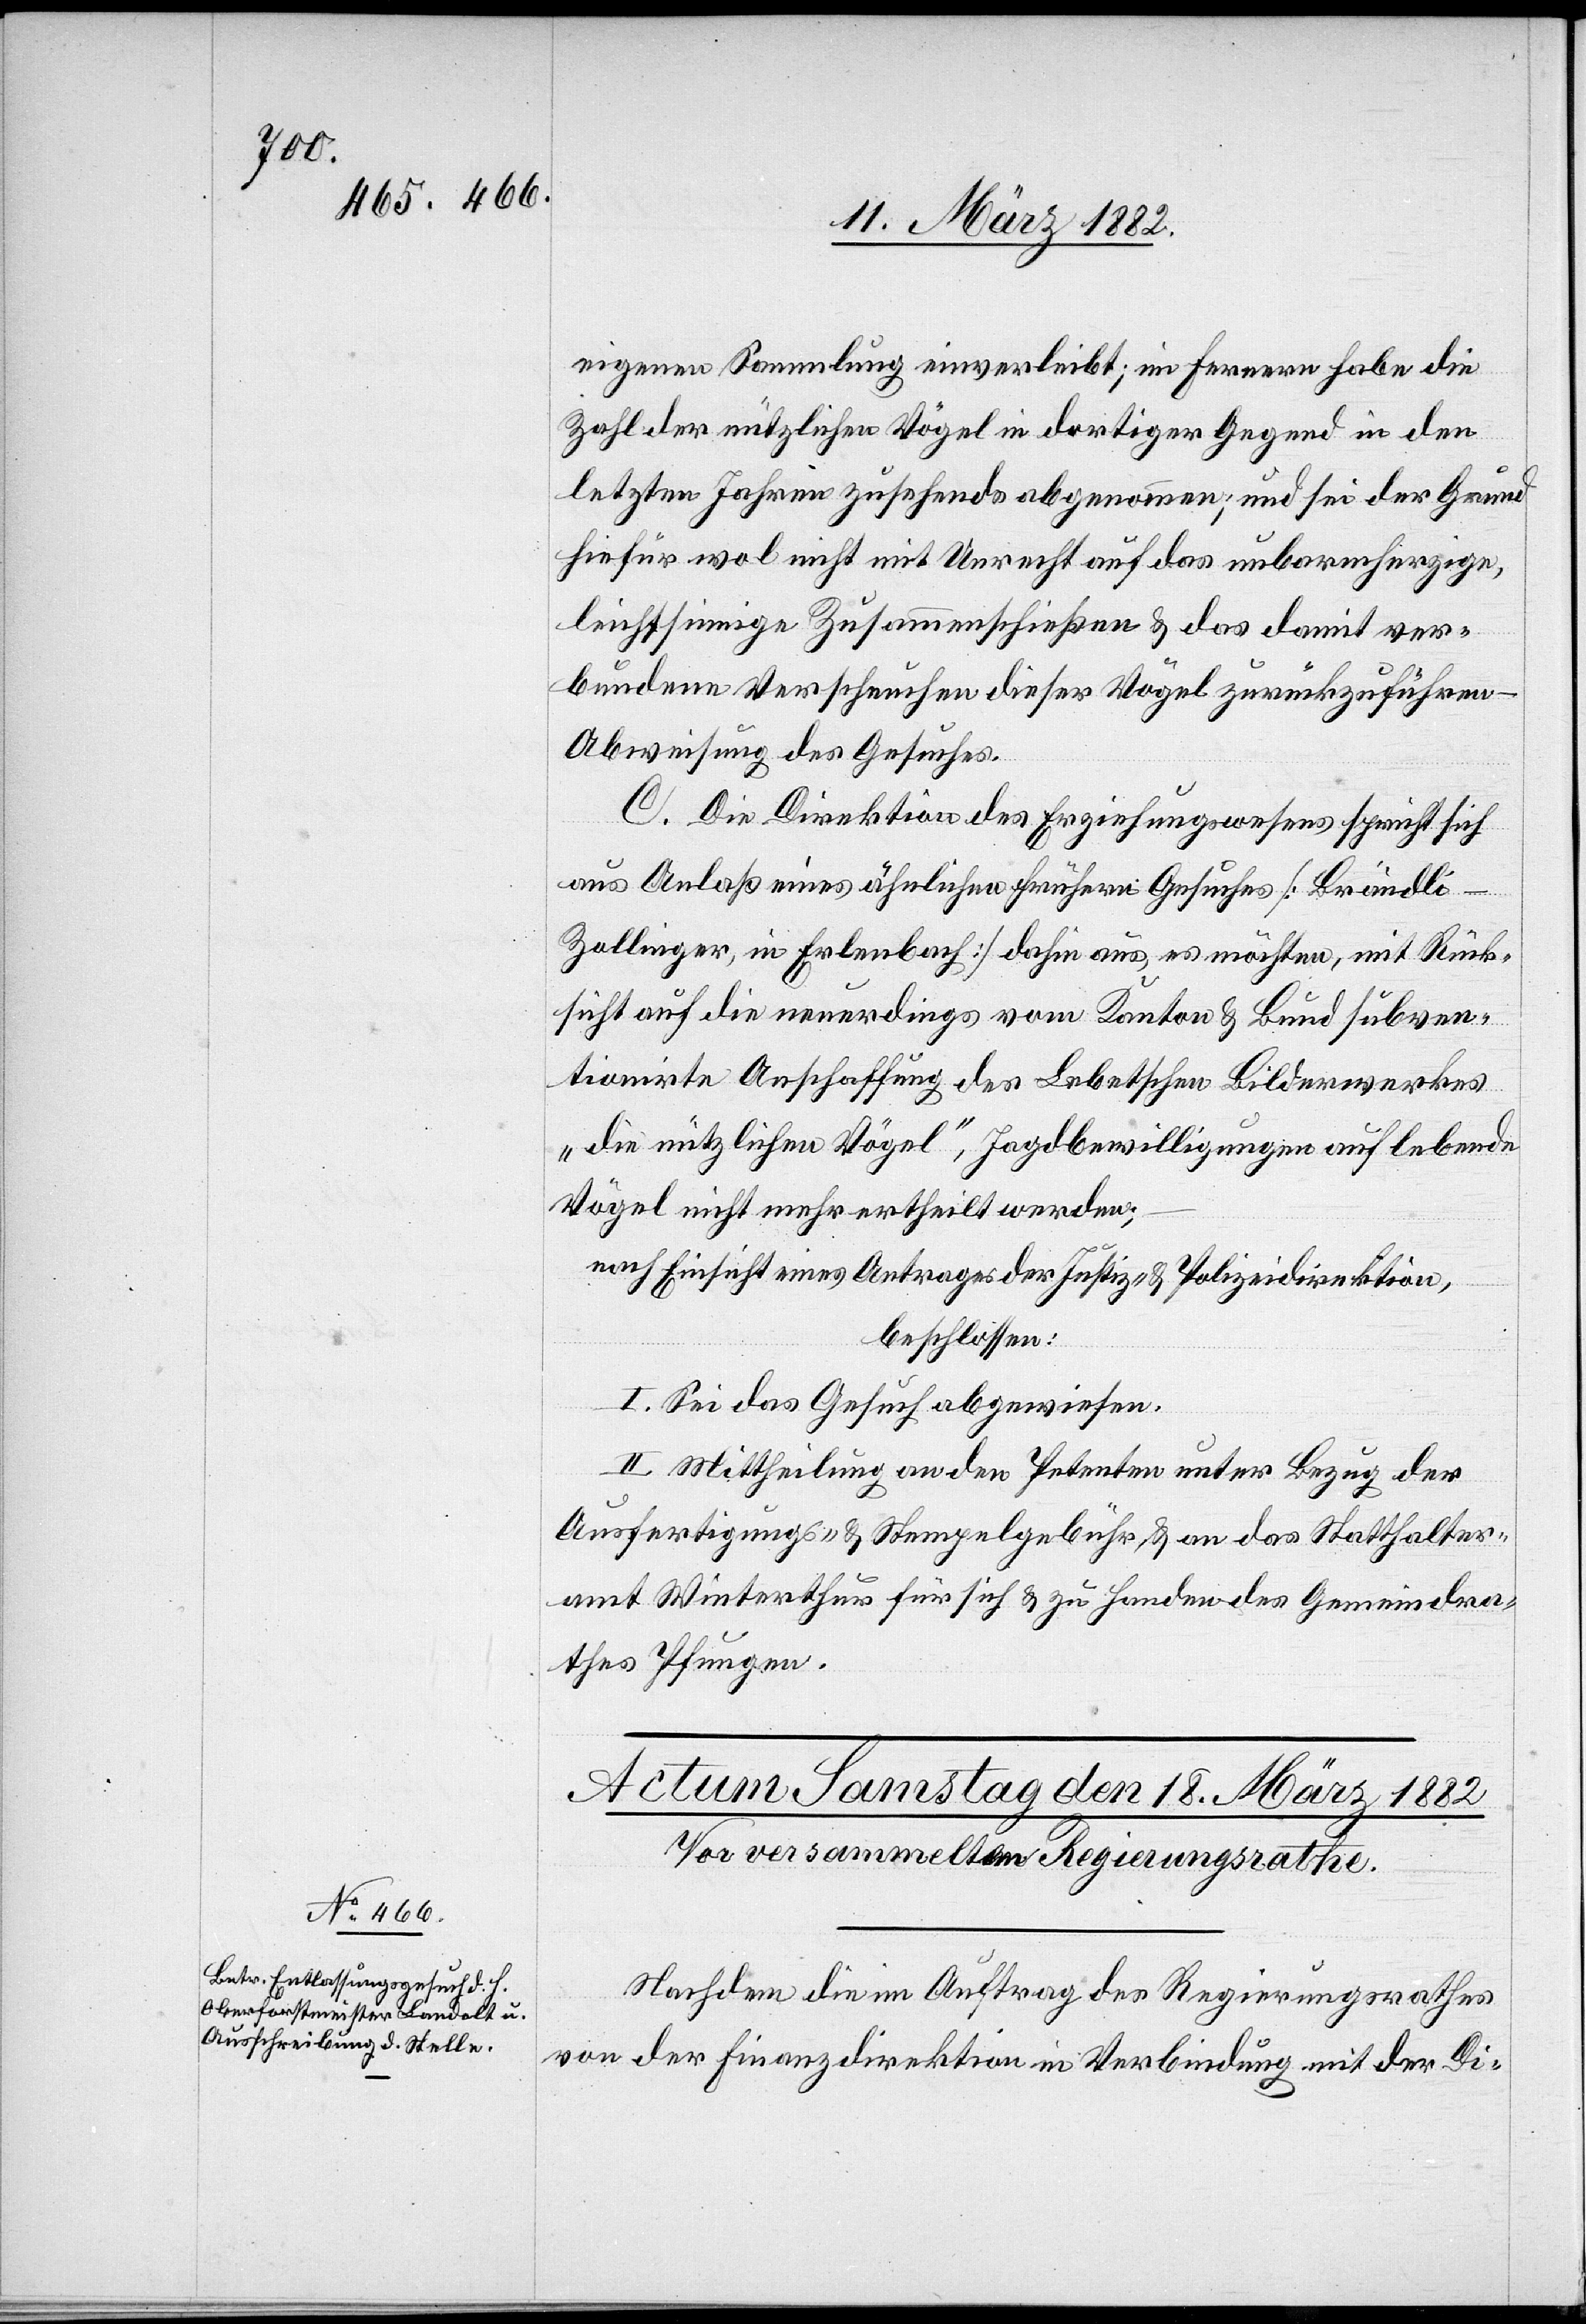
eigenen Sammlung einverleibt; im ferneren habe die
Zahl der nützlichen Vögel in dortiger Gegend in den
letzten Jahren zusehend abgenommen, und sei der Grund
hiefür wol nicht mit Unrecht auf das unbarmherzige,
leichtsinnige Zusammenschießen & das damit ver¬
bundene Verscheuchen dieser Vögel zurückzuführen –
Abweisung des Gesuches.
C. Die Direktion des Erziehungswesens spricht sich
aus Anlaß eines ähnlichen frühern Gesuches [Brändl¬
i-Zollinger, in Erlenbach] dahin aus, es möchten, mit Rück¬
sicht auf die neuerdings vom Kanton & Bund subven¬
tionirte Anschaffung des Lebetschen Bilderwerkes
„die nützlichen Vögel“, Jagdbewilligungen auf lebende
Vögel nicht mehr ertheilt werden;
nach Einsicht eines Antrages der Justiz- & Polizeidirektion,
beschlossen:
I. Sei das Gesuch abgewiesen.
II. Mittheilung an den Petenten unter Bezug der
Ausfertigungs- & Stempelgebühr & an das Statthalter¬
amt Winterthur für sich & zu Handen des Gemeindera¬
thes Pfungen.
Nachdem die im Auftrag des Regierungsrathes
von der Finanzdirektion in Verbindung mit der Di-